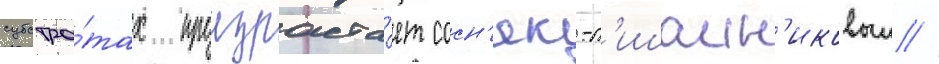
субстра́тах произраста́ет сосн'як-л'ишаин'иковыи //